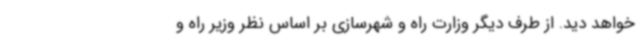
خواهد دید. از طرف دیگر وزارت راه و شهرسازی بر اساس نظر وزیر راه و